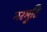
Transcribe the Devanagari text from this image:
नरमुटि